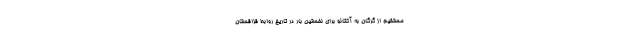
مستقیم از گرگان به آکتائو برای نخستین بار در تاریخ روابط قزاقستان